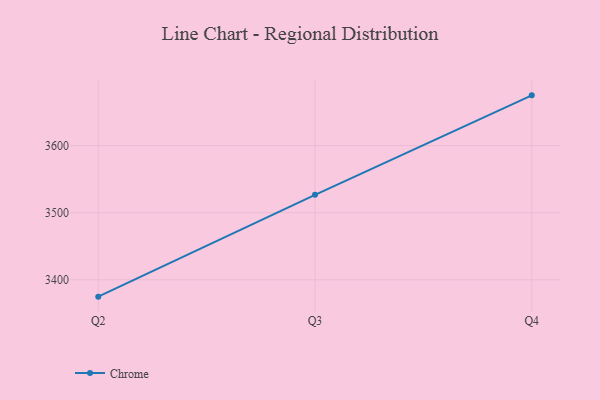
{"axis": {"x": "Quarter", "y": "Page Views"}, "legend": ["Chrome"], "data": [{"x": "Q2", "y": 3374.8, "type": "Chrome"}, {"x": "Q3", "y": 3526.7, "type": "Chrome"}, {"x": "Q4", "y": 3675.0, "type": "Chrome"}]}